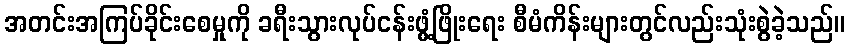
အတင်းအကြပ်ခိုင်းစေမှုကို ခရီးသွားလုပ်ငန်းဖွံ့ဖြိုးရေး စီမံကိန်းများတွင်လည်းသုံးစွဲခဲ့သည်။